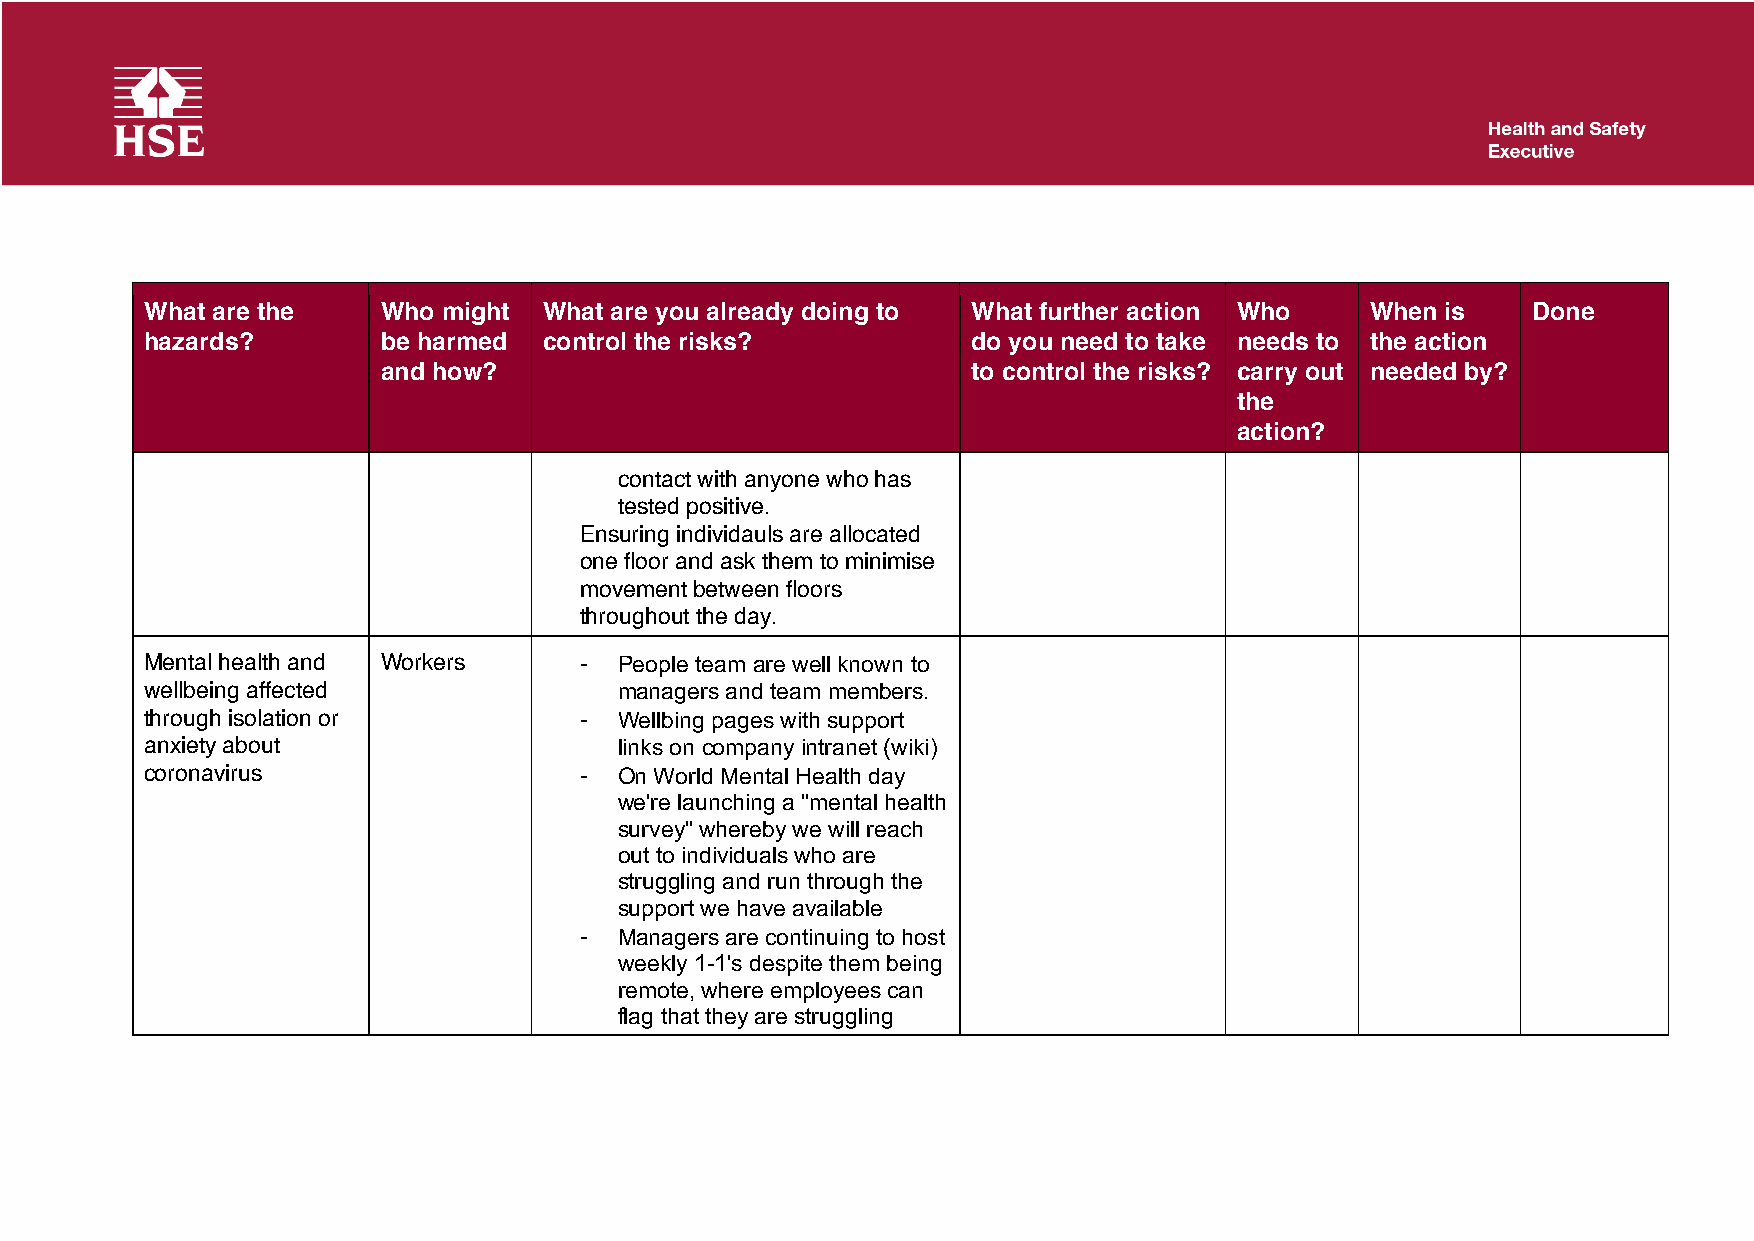
What are the   Who might  What are you already doing to What further action Who  When is   Done
 hazards?       be harmed  control the risks?          do you need to take needs to the action
 and how?                               to control the risks? carry out needed by?
 the
 action?
 contact with anyone who has
 tested positive.
 Ensuring individauls are allocated
 one floor and ask them to minimise
 movement between floors
 throughout the day.
 Mental health and Workers   -  People team are well known to
 wellbeing affected             managers and team members.
 through isolation or        -  Wellbing pages with support
 anxiety about                  links on company intranet (wiki)
 coronavirus                 -  On World Mental Health day
 we're launching a "mental health
 survey" whereby we will reach
 out to individuals who are
 struggling and run through the
 support we have available
 -  Managers are continuing to host
 weekly 1-1's despite them being
 remote, where employees can
 flag that they are struggling